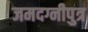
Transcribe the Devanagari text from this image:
जमदग्नीपुत्र